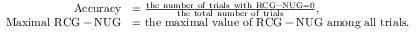
\begin{array} { r l } { \mathrm { A c c u r a c y } } & { = \frac { \mathrm { t h e ~ n u m b e r ~ o f ~ t r i a l s ~ w i t h ~ R C G - N U G = 0 } } { \mathrm { t h e ~ t o t a l ~ n u m b e r ~ o f ~ t r i a l s } } , } \\ { \mathrm { M a x i m a l ~ R C G - N U G } } & { = \mathrm { t h e ~ m a x i m a l ~ v a l u e ~ o f ~ R C G - N U G ~ a m o n g ~ a l l ~ t r i a l s } . } \end{array}